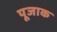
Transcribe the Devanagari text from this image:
पूजाक